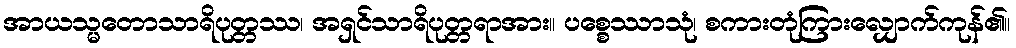
အာယသ္မတောသာရိပုတ္တဿ၊ အရှင်သာရိပုတ္တရာအား။ ပစ္စေဿာသုံ၊ စကားတုံကြားလျှောက်ကုန်၏။